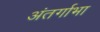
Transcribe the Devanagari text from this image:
अंतर्गाभा